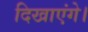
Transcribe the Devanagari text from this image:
दिखाएंगे।